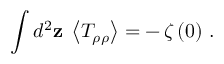
\int d ^ { 2 } { \bf z } \; \left< T _ { \rho \rho } \right> = - \, \zeta \, ( 0 ) \ .